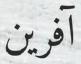
آفرين